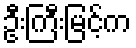
ဦးကြီးမြင့်က